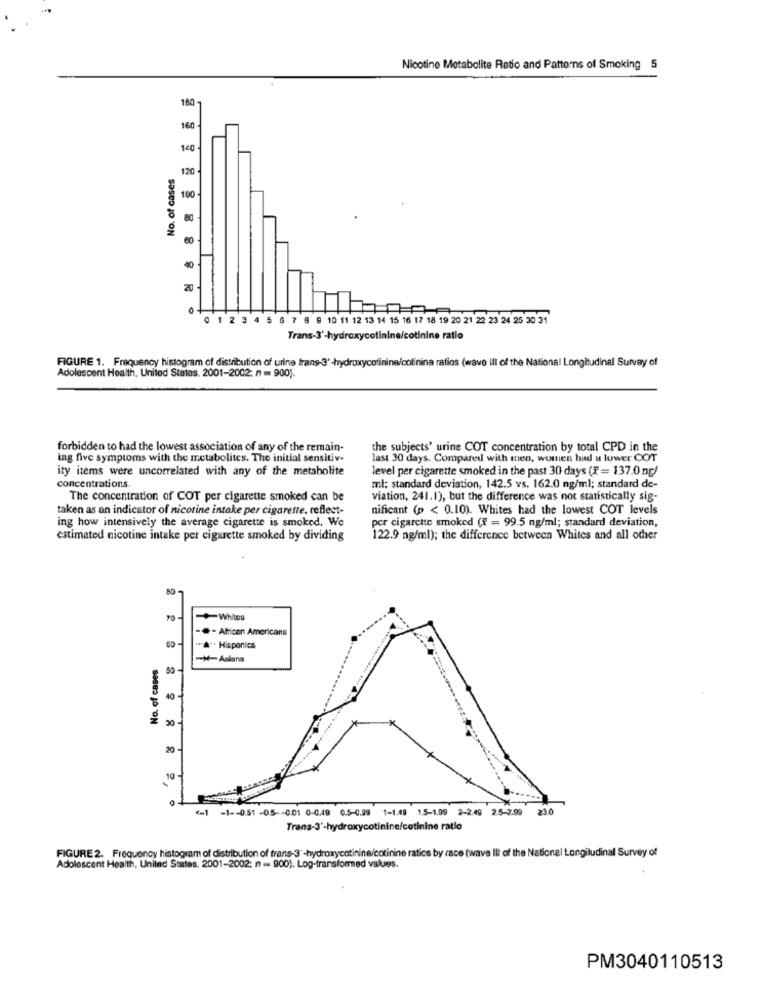
Nicotine Metabolite Ratio and Patterns of Smoking 5
180
160
140
No. of cases
120
100
60
20
0 1 2 3 4 5 6 7 8 8 10 11 12 13 14 15 16 17 18 19 20 21 22 23 24 25 30 31
Trans-3'-hydroxycotinine/cotinine ratio
FIGURE 1. Frequency histogram of distribution of urine trans-3'-hydroxycotinine/cotinina ratios (wave ill of the National Longitudinal Survey of
Adolescent Health, United States, 2001-2002; n = 900).
forbidden to had the lowest association of any of the remain-
the subjects' urine COT concentration by total CPD in the
ing five symptoms with the metabolites. The initial sensitiv-
last 30 days. Compared with men, women had u luwer COT
ity items were uncorrelated with any of the metabolite
level per cigarette smoked in the past 30 days (X = 137.0 ng/
concentrations.
ml: standard deviation, 142.5 vs. 162.0 ng/ml; standard de-
The concentration of COT per cigarette smoked can be
viation, 241.1), but the difference was not statistically sig-
taken as an indicator of nicotine intake per cigarette, reflect-
nificant (p < 0.10). Whites had the lowest COT levels
ing how intensively the average cigarette is smoked. We
per cigarette smoked (x = 99.5 ng/ml; standard deviation,
estimated nicotine intake per cigarette smoked by dividing
122.9 ng/ml); the difference between Whites and all other
80
70
-Whitog
-@- African Americans
A" Hispanics
No. of cases
40
30 -
20
10
<- 1 -1 -- 0.51 -0.5-001 0-0.49 0.5-0.99 1-1.49 15-1.99 2-2.49 2.5-2.99 23.0
Trans-3'-hydroxycotinine/cotinine ratio
FIGURE 2. Frequency histogram of distribution of trans-3'-hydroxycotinine/cotinine ratios by race (wave Ilt of the National Longitudinal Survey of
Adolescent Health, United States, 2001-2002: n = 900). Log-transformed values.
PM3040110513